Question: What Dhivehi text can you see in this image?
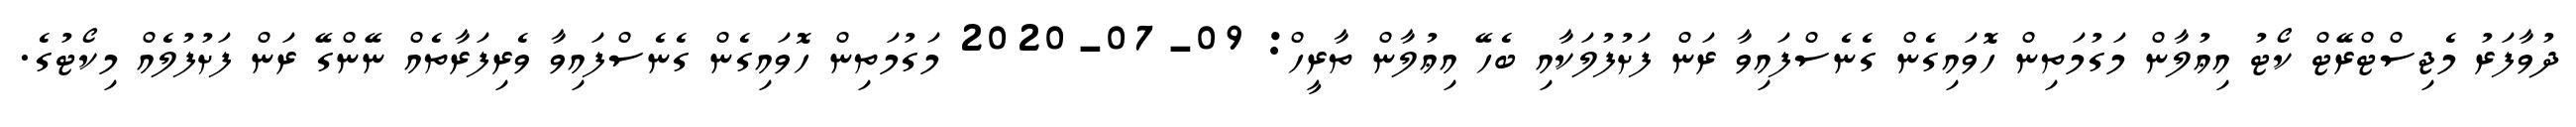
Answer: ދުވާފަރު މެޖިސްޓްރޭޓް ކޯޓު އިޢުލާން މަގުމަތިން ހޮވައިގެން ގެނެސްފައިވާ ރަން ފަށުފުލަކާއި ބެހޭ އިޢުލާން ތާރީހް: 09-07-2020 މަގުމަތިން ހޮވައިގެން ގެނެސްފައިވާ ވެރިފަރާތެއް ނޭންގޭ ރަން ފަށުފުލެއް މިކޯޓުގެ.